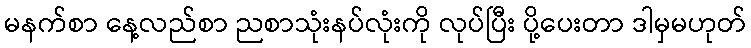
မနက်စာ နေ့လည်စာ ညစာသုံးနပ်လုံးကို လုပ်ပြီး ပို့ပေးတာ ဒါမှမဟုတ်